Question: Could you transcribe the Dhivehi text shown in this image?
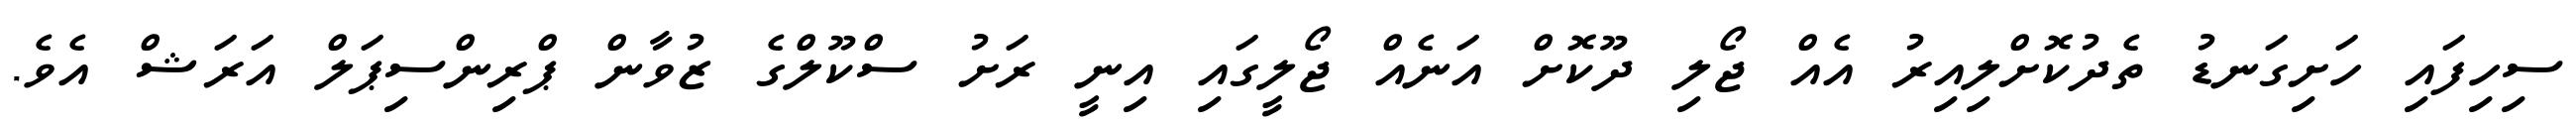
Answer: ސިހިފައި ހަށިގަނޑު ތެދުކޮށްލިއިރު އެއް ޖޯލި ދޫކޮށް އަނެއް ޖޯލީގައި އިނީ ރަށު ސްކޫލްގެ ޒުވާން ޕްރިންސިޕަލް އަރަޝް އެވެ.